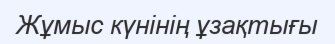
Жұмыс күнінің ұзақтығы